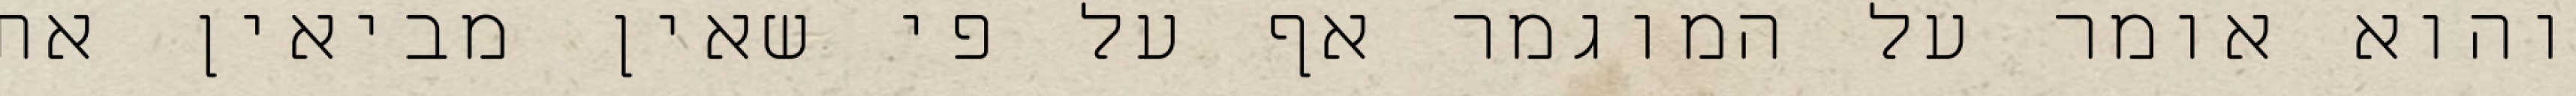
והוא אומר על המוגמר אף על פי שאין מביאין את